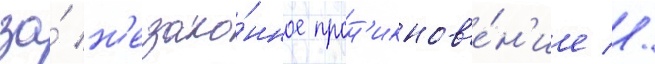
за́ н'езако́нное прон'икнов'е́н'ие //